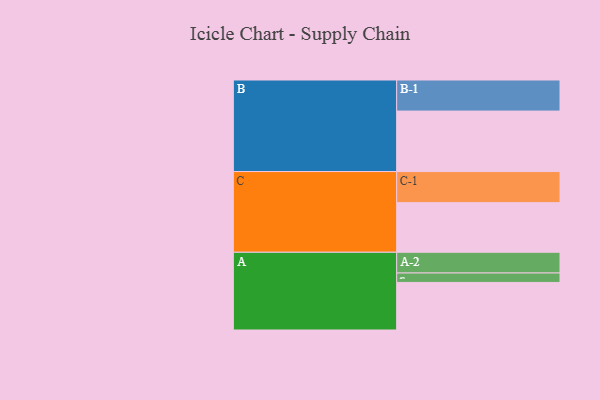
{"axis": {"x": "Segment", "y": "Value"}, "legend": ["", "A", "B", "C"], "data": [{"x": "A", "y": 413, "type": ""}, {"x": "B", "y": 525, "type": ""}, {"x": "C", "y": 431, "type": ""}, {"x": "A-1", "y": 82, "type": "A"}, {"x": "A-2", "y": 180, "type": "A"}, {"x": "B-1", "y": 270, "type": "B"}, {"x": "C-1", "y": 270, "type": "C"}]}